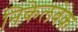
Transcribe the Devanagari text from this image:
निकेलबेक